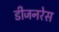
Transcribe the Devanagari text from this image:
डीजनरेस